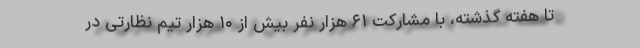
تا هفته گذشته، با مشارکت ۶۱ هزار نفر بیش از ۱۰ هزار تیم نظارتی در